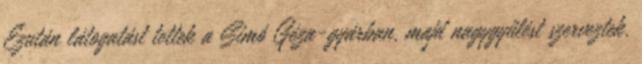
Ezután látogatást tettek a Simó Géza-gyárban, majd nagygyűlést szerveztek,